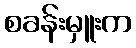
စခန်းမှူးက